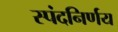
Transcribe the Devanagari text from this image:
स्पंदनिर्णय